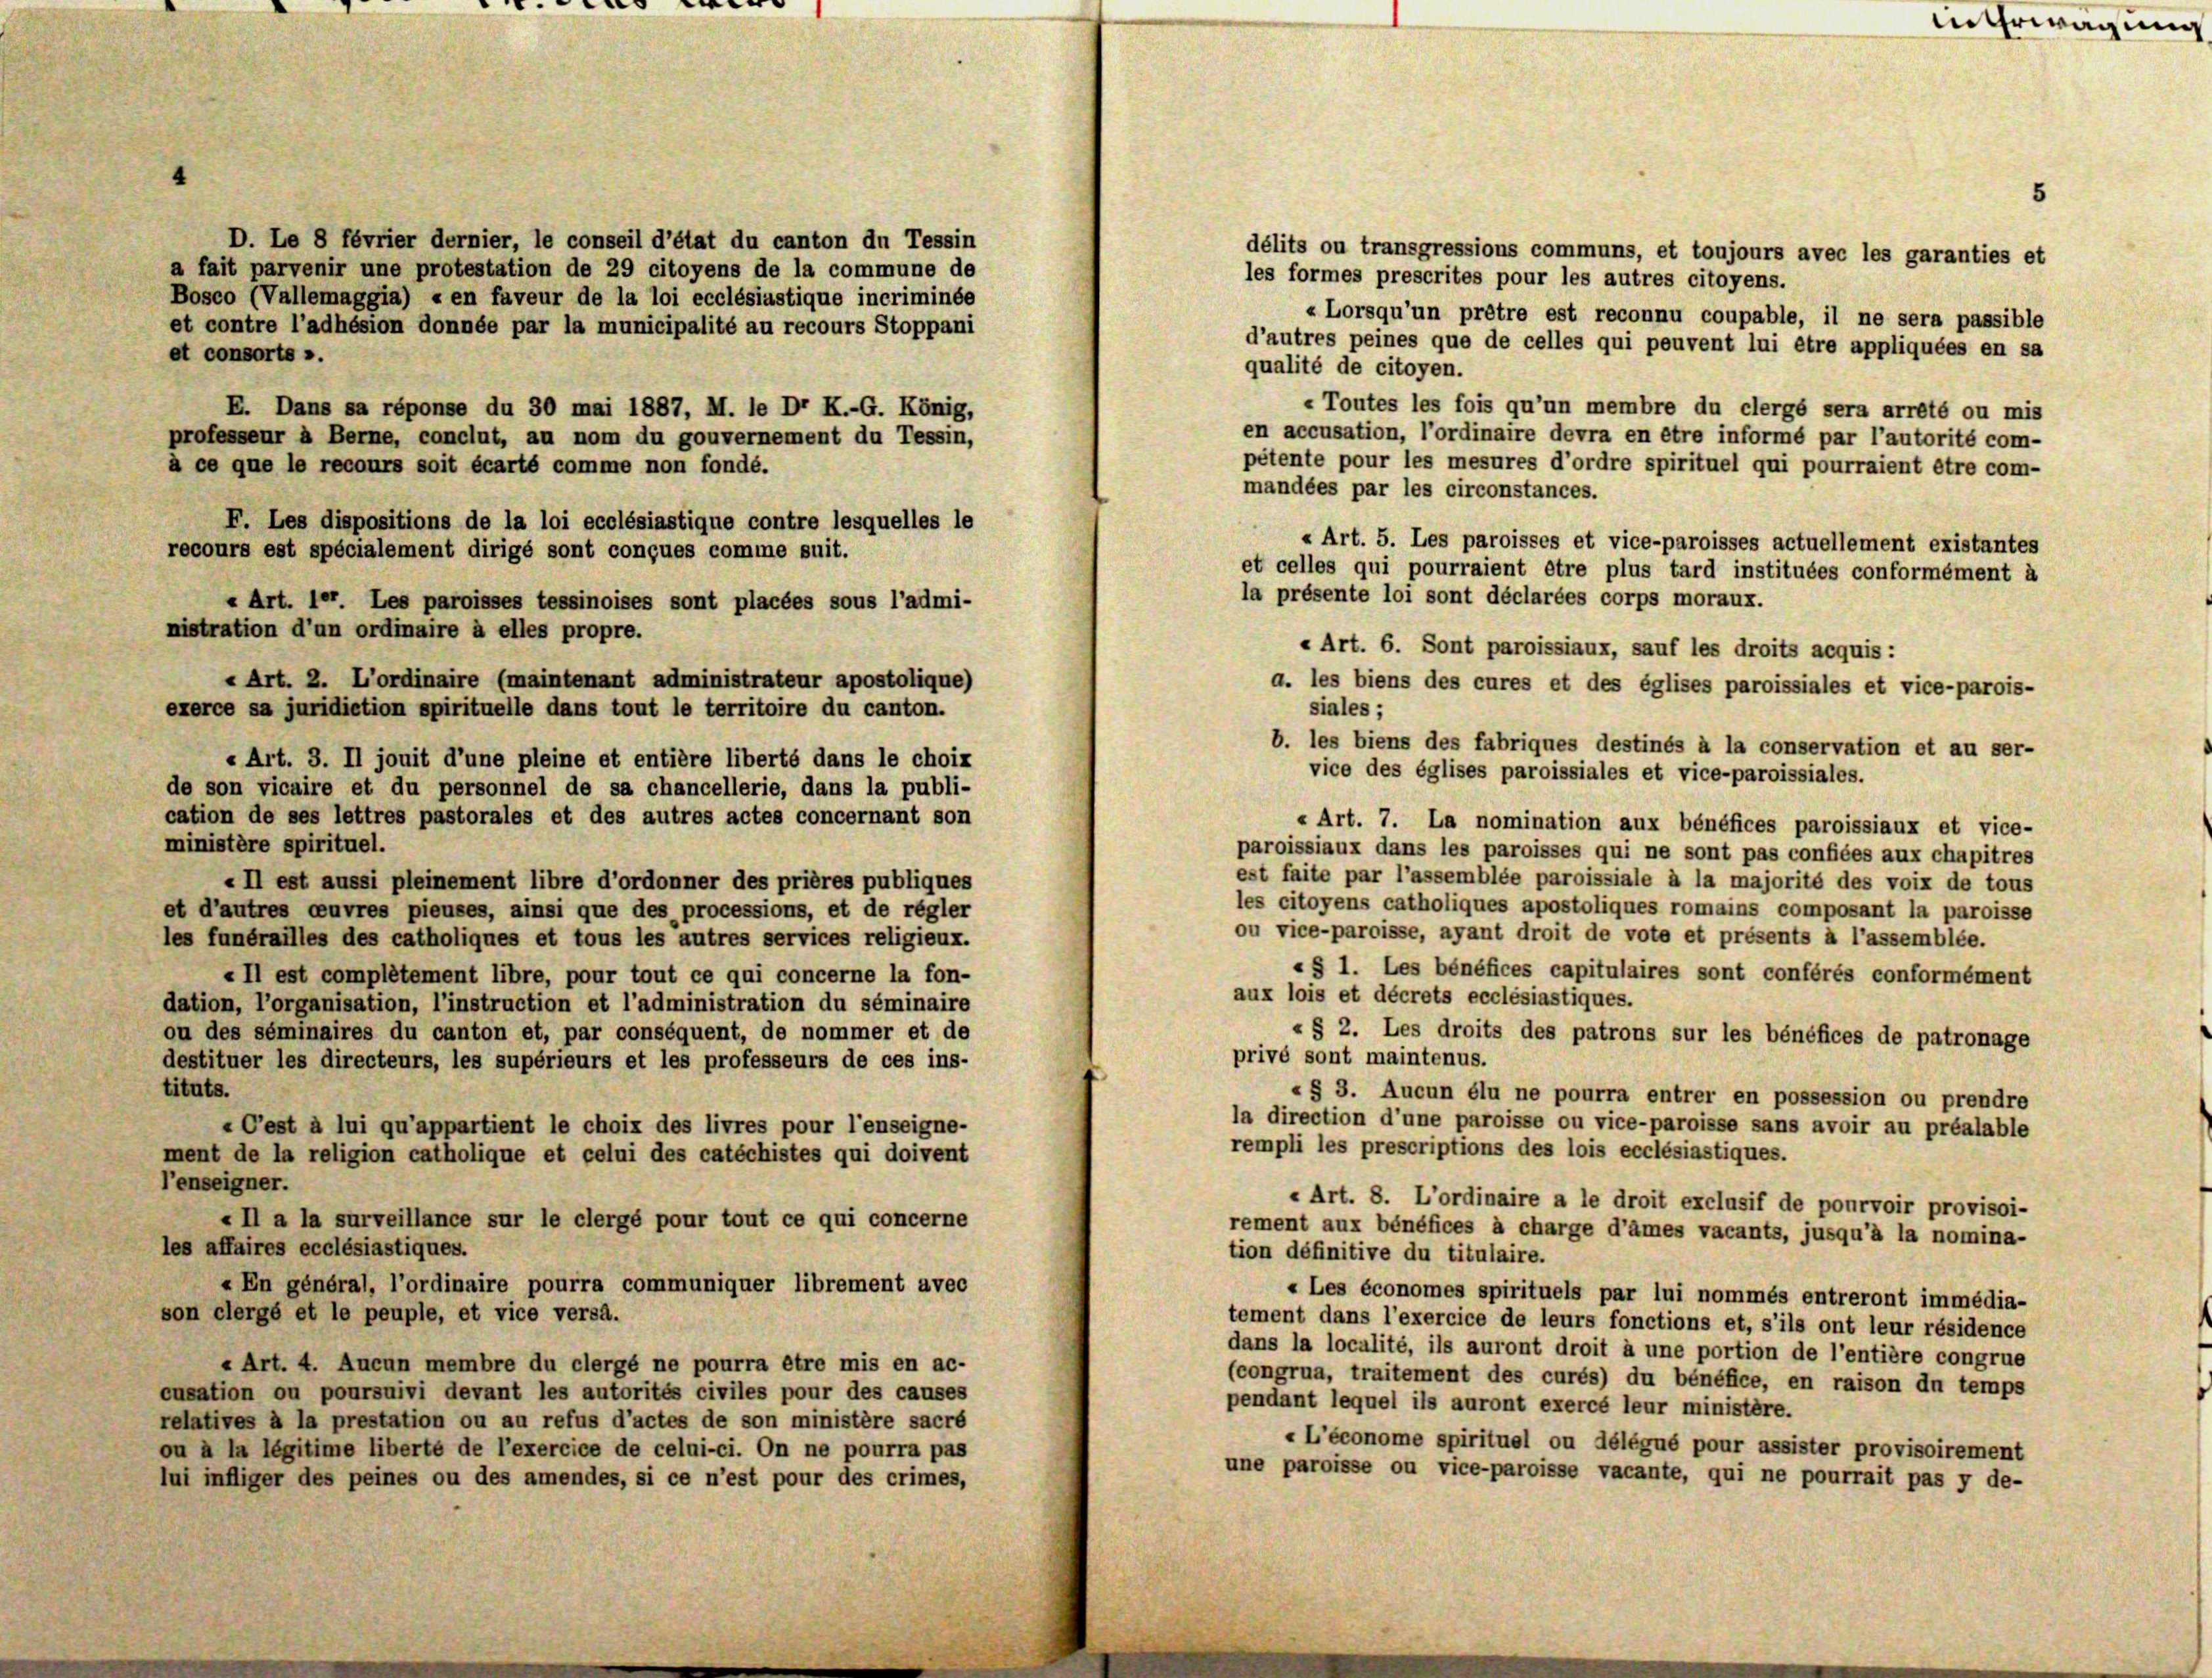
Mehrwägung

5

D. Le 8 février dernier, le conseil d’état du canton du Tessin
délits ou transgressions communs, et toujours avec les garanties et
a fait parvenir une protestation de 29 citoyens de la commune de
les formes prescrites pour les autres citoyens.
Bosco (Vallemaggia) « en faveur de la loi ecclésiastique incriminée
et contre l’adhésion donnée par la municipalité au recours Stoppani
et consorts ».
qualité de citoyen.
E. Dans sa réponse du 30 mai 1887, M. le Dr K.-G. König,
professeur à Berne, conclut, au nom du gouvernement du Tessin,
à ce que le recours soit écarté comme non fondé.
mandées par les circonstances.
F. Les dispositions de la loi ecclésiastique contre lesquelles le
recours est spécialement dirigé sont conçues comme suit.
« Art. 10. Les paroisses tessinoises sont placées sous l’admi-
« Art. 2. L’ordinaire (maintenant administrateur apostolique)
a. les biens des cures et des églises paroissiales et vice-parois-
exerce sa juridiction spirituelle dans tout le territoire du canton.
« Art. 3. Il jouit d’une pleine et entière liberté dans le choix
vice des églises paroissiales et vice-paroissiales.
de son vicaire et du personnel de sa chancellerie, dans la publi-
cation de ses lettres pastorales et des autres actes concernant son
« Art. 7. La nomination aux bénéfices paroissiaux et vice-
ministère spirituel.
paroissiaux dans les paroisses qui ne sont pas confiées aux chapitres
est faite par l’assemblée paroissiale à la majorité des voix de tous
„Il est aussi pleinement libre d’ordonner des prières publiques
les citoyens catholiques apostoliques romains composant la paroisse
et d’autres ceuvres pieuses, ainsi que des processions, et de régler
ou vice-paroisse, ayant droit de vote et présents à l’assemblée.
les funérailles des catholiques et tous les autres services religieux.
«§ 1. Les bénéfices capitulaires sont conférés conformément
« Il est complétement libre, pour tout ce qui concerne la fon-
aux lois et décrets ecclésiastiques.
dation, l’organisation, l’instruction et l’administration du séminaire
ou des séminaires du canton et, par conséquent, de nommer et de
« § 2. Les droits des patrons sur les bénéfices de patronage
privé sont maintenus.
destituer les directeurs, les supérieurs et les professeurs de ces ins-
tituts.
« § 3. Aucun élu ne pourra entrer en possession ou prendre
la direction d’une paroisse ou vice-paroisse sans avoir au préalable
«C’est à lui qu’appartient le choix des livres pour l’enseigne-
rempli les prescriptions des lois ecclésiastiques.
ment de la religion catholique et celui des catéchistes qui doivent
l’enseigner.
« Art. 8. L’ordinaire a le droit exclusif de pourvoir provisoi-
«Il a la surveillance sur le clergé pour tout ce qui concerne
rement aux bénéfices à charge d’ames vacants, jusqu’à la nomina-
les affaires ecclésiastiques.
tion définitive du titulaire.
«En général, l’ordinaire pourra communiquer librement avec
« Les économes spirituels par lui nommés entreront immédia-
son clergé et le peuple, et vice versa.
tement dans l’exercice de leurs fonctions et, s’ils ont leur résidence
dans la localité, ils auront droit à une portion de l’entière congrue
« Art. 4. Aucun membre du clergé ne pourra être mis en ac-
(congrua, traitement des curés) du bénéfice, en raison du temps
cusation ou poursuivi devant les autorités civiles pour des causes
pendant lequel ils auront exercé leur ministère.
relatives à la prestation ou au refus d’actes de son ministère sacré
«L’économe spirituel ou délégué pour assister provisoirement
ou à la légitime liberte de l’exercice de celui-ci. On ne pourra pas
une paroisse ou vice-paroisse vacante, qui ne pourrait pas y de-
lui infliger des peines ou des amendes, si ce n’est pour des crimes,

«Lorsqu’un prêtre est reconnu coupable, il ne sera passible
d’autres peines que de celles qui peuvent lui être appliquées en sa
« Toutes les fois qu’un membre du clergé sera arrêté ou mis
en accusation, l’ordinaire devra en être informé par l’autorité com-
pétente pour les mesures d’ordre spirituel qui pourraient être com-
« Art. 5. Les paroisses et vice-paroisses actuellement existantes
et celles qui pourraient être plus tard instituées conformément à
la présente loi sont déclarées corps moraux.

« Art. 6. Sont paroissiaux, sauf les droits acquis :

nistration d’un ordinaire à elles propre.

siales;
b. les biens des fabriques destinés à la conservation et au ser-